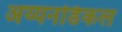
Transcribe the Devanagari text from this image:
अय्यनडिकल